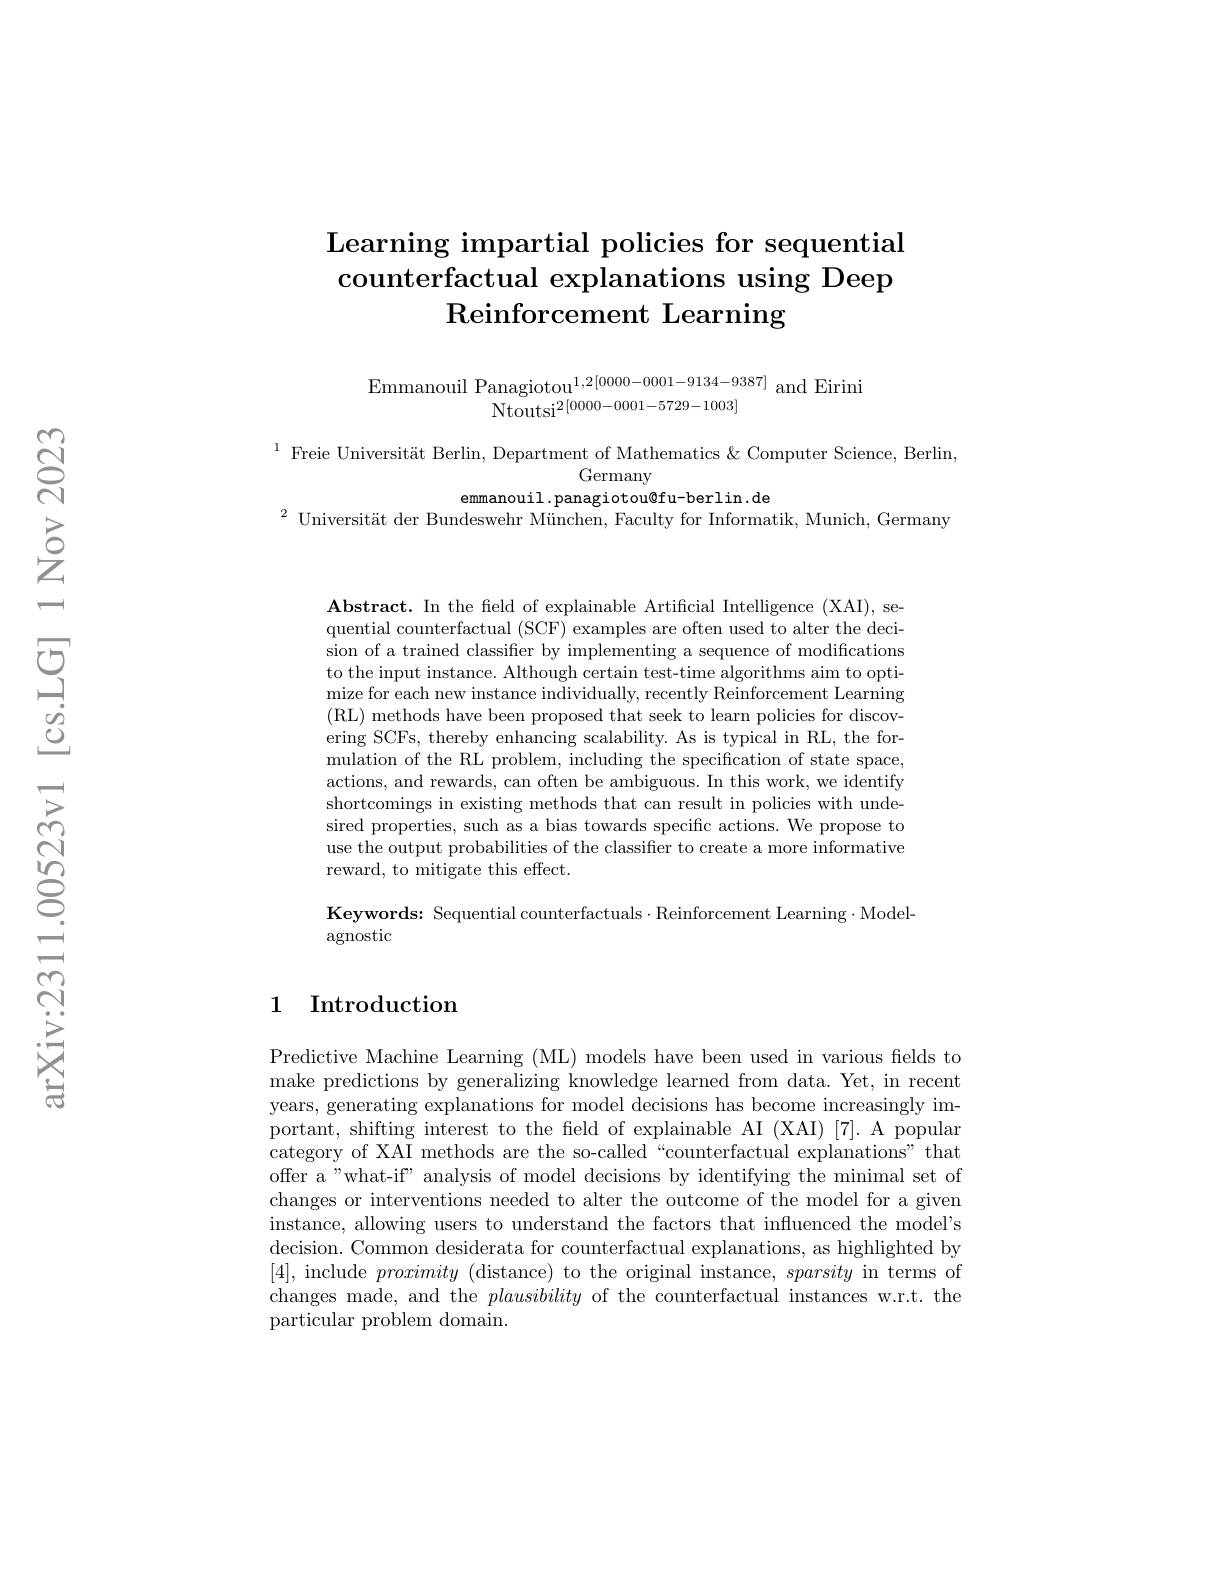
## Learning impartial policies for sequential counterfactual explanations using Deep $\operatorname{Reinforcement}$ Learning

Emmanouil Panagiotou$^{1,2[0000-0001-9134-9387]}$ and Eirini
$\begin{array}{l}{{\mathrm{Moutsi}^{2}[0000-0001-5729-1003]}}\\{{\mathrm{Ntoutsi}^{2}[0000-0001-5729-1003]}}\end{array}$

$^{1}$ Freie Universität Berlin, Department of Mathematics &Computer Science, Berlin,
Germany
emmanouil.panagiotou@fu-berlin.de
$^2\text{ Universit\"{a} t der Bundeswehr M\"{u} nchen, Faculty for Informatik, Munich, Germany}$

Abstract. In the field of explainable Artificial Intelligence (XAI), sequential counterfactual (SCF) examples are often used to alter the decision of a trained classifier by implementing a sequence of modifications to the input instance. Although certain test-time algorithms aim to optimize for each new instance individually, recently Reinforcement Learning (RL) methods have been proposed that seek to learn policies for discovering SCFs, thereby enhancing scalability. As is typical in RL, the formulation of the RL problem, including the specification of state space actions, and rewards, can often be ambiguous. In this work, we identify shortcomings in existing methods that can result in policies with undesired properties, such as a bias towards specific actions. We propose to use the output probabilities of the classifier to create a more informative reward, to mitigate this effect.

Keywords: Sequential counterfactuals$\cdot$Reinforcement Learning$\cdot$Model-
agnostic

## 1 Introduction

Predictive Machine Learning (ML) models have been used in various fields to make predictions by generalizing knowledge learned from data. Yet, in recent years, generating explanations for model decisions has become increasingly important, shifting interest to the feld of explainable AI (XAI)[7]. A popular category of XAI methods are the so-called“counterfactual explanations”that offer a"what-if" analysis of model decisions by identifying the minimal set of changes or interventions needed to alter the outcome of the model for a given instance, allowing users to understand the factors that influenced the model's decision. Common desiderata for counterfactual explanations, as highlighted by [4], include proximity (distance) to the original instance, sparsity in terms of changes made, and the plausibility of the counterfactual instances w.r.t. the particular problem domain.